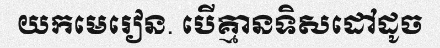
យកមេរៀន. បើគ្មានទិសដៅដូច